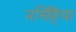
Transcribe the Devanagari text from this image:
नर्सिंहैया